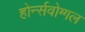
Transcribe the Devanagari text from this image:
होर्न्सवोग्गल